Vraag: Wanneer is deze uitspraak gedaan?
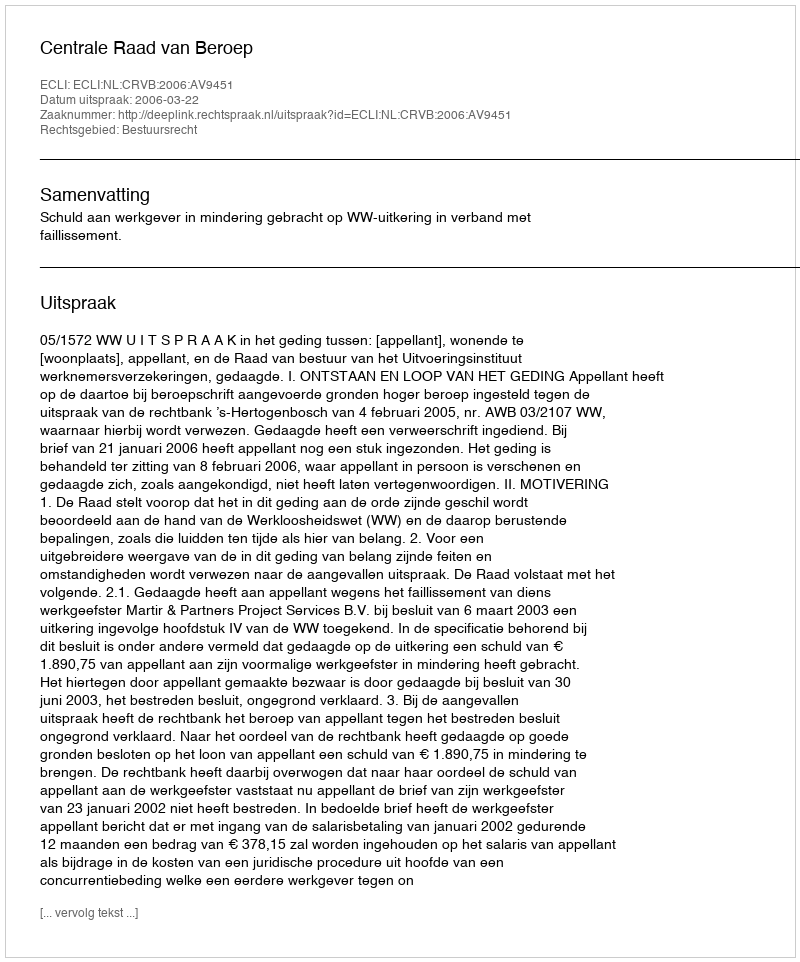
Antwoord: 2006-03-22